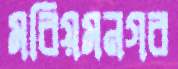
মরিয়মনগর